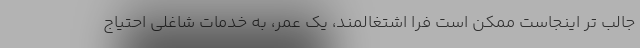
جالب تر اینجاست ممکن است فرا اشتغالمند، یک عمر، به خدماتِ شاغلی احتیاج